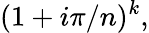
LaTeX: (1+i\pi/n)^{k},